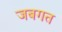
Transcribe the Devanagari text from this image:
जबगत